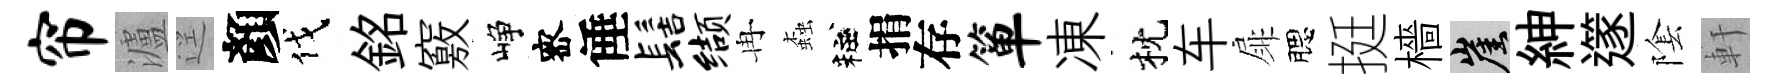
帘瀘逕顏伐銘竅峥宻倕髻缬冉螙粧捐存箪凍枕车扉腮挺檣崖紳𨗹隂軒